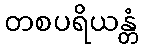
တစပရိယန္တံ